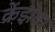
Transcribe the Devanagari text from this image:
क्रेंझवर